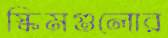
স্কিমগুলোর